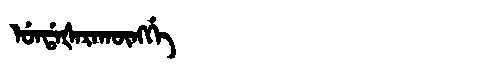
Manchu: ᡠᠨᡩᠠᡧᠠᡵᠠᡴᡡᠩᡤᡝ
Romanization: UNDAŠARAKŪNGGE